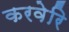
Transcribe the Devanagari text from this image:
करवेरि